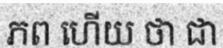
ភព ហើយ ថា ជា